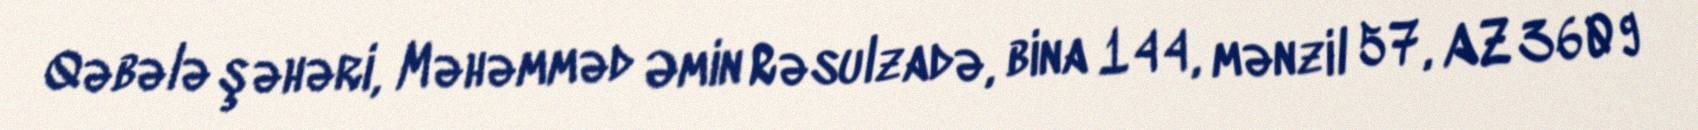
Qəbələ şəhəri, Məhəmməd Əmin Rəsulzadə, bina 144, mənzil 57, AZ 3609